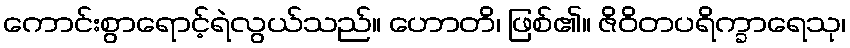
ကောင်းစွာရောင့်ရဲလွယ်သည်။ ဟောတိ၊ ဖြစ်၏။ ဇိဝိတပရိက္ခာရေသု၊